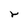
Character: r